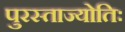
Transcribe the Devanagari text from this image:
पुरस्ताज्योतिः